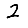
Digit: 2